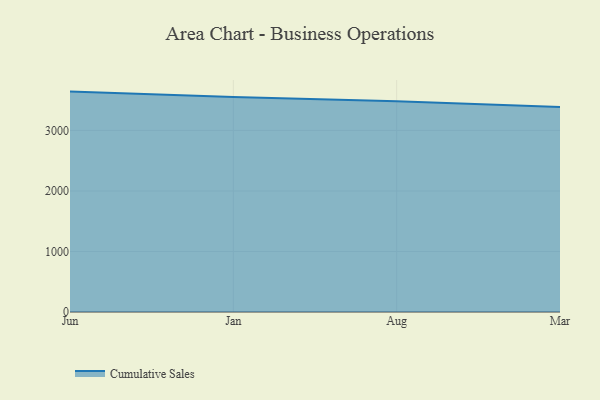
{"axis": {"x": "Month", "y": "Production Output"}, "legend": ["Cumulative Sales"], "data": [{"x": "Jun", "y": 3642.1, "type": "Cumulative Sales"}, {"x": "Jan", "y": 3551.7, "type": "Cumulative Sales"}, {"x": "Aug", "y": 3482.7, "type": "Cumulative Sales"}, {"x": "Mar", "y": 3389.0, "type": "Cumulative Sales"}]}